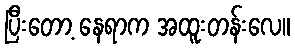
ပြီးတော့ နေရာက အထူးတန်းလေ။